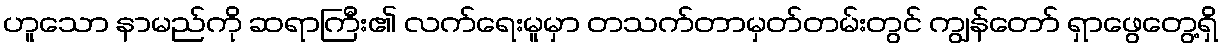
ဟူသော နာမည်ကို ဆရာကြီး၏ လက်ရေးမူမှာ တသက်တာမှတ်တမ်းတွင် ကျွန်တော် ရှာဖွေတွေ့ရှိ